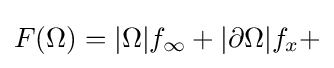
F(\Omega )=|\Omega |f_{\infty }+|\partial \Omega |f_{x}+